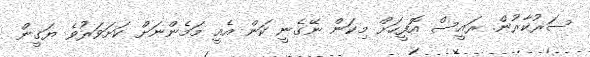
ސަރުކާރުން. ރައީސް އޮފީހަށް މިކަން ނޭގެނީ ކަން އެއީ މަމެންނަށް ކަށަވަރުވެ ޔަގީން